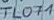
Text: TLOF1